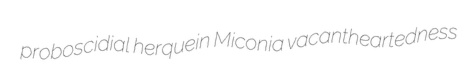
proboscidial herquein Miconia vacantheartedness